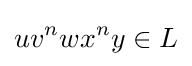
uv^{n}wx^{n}y\in L